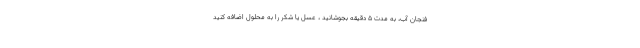
فنجان آب، به مدت 5 دقیقه بجوشانید ، عسل یا شکر را به محلول اضافه کنید